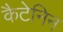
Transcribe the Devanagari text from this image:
कैटेनिन